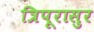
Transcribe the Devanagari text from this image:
त्रिपूरासुर